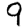
Digit: 9